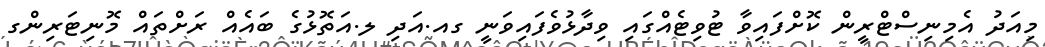
މިއަދު އެމިނިސްޓްރީން ކޮށްފައިވާ ޓުވިޓެއްގައި ވިދާޅުވެފައިވަނީ ގއ.އަދި ލ.އަތޮޅުގެ ބައެއް ރަށްތައް މޮނިޓަރިންގ